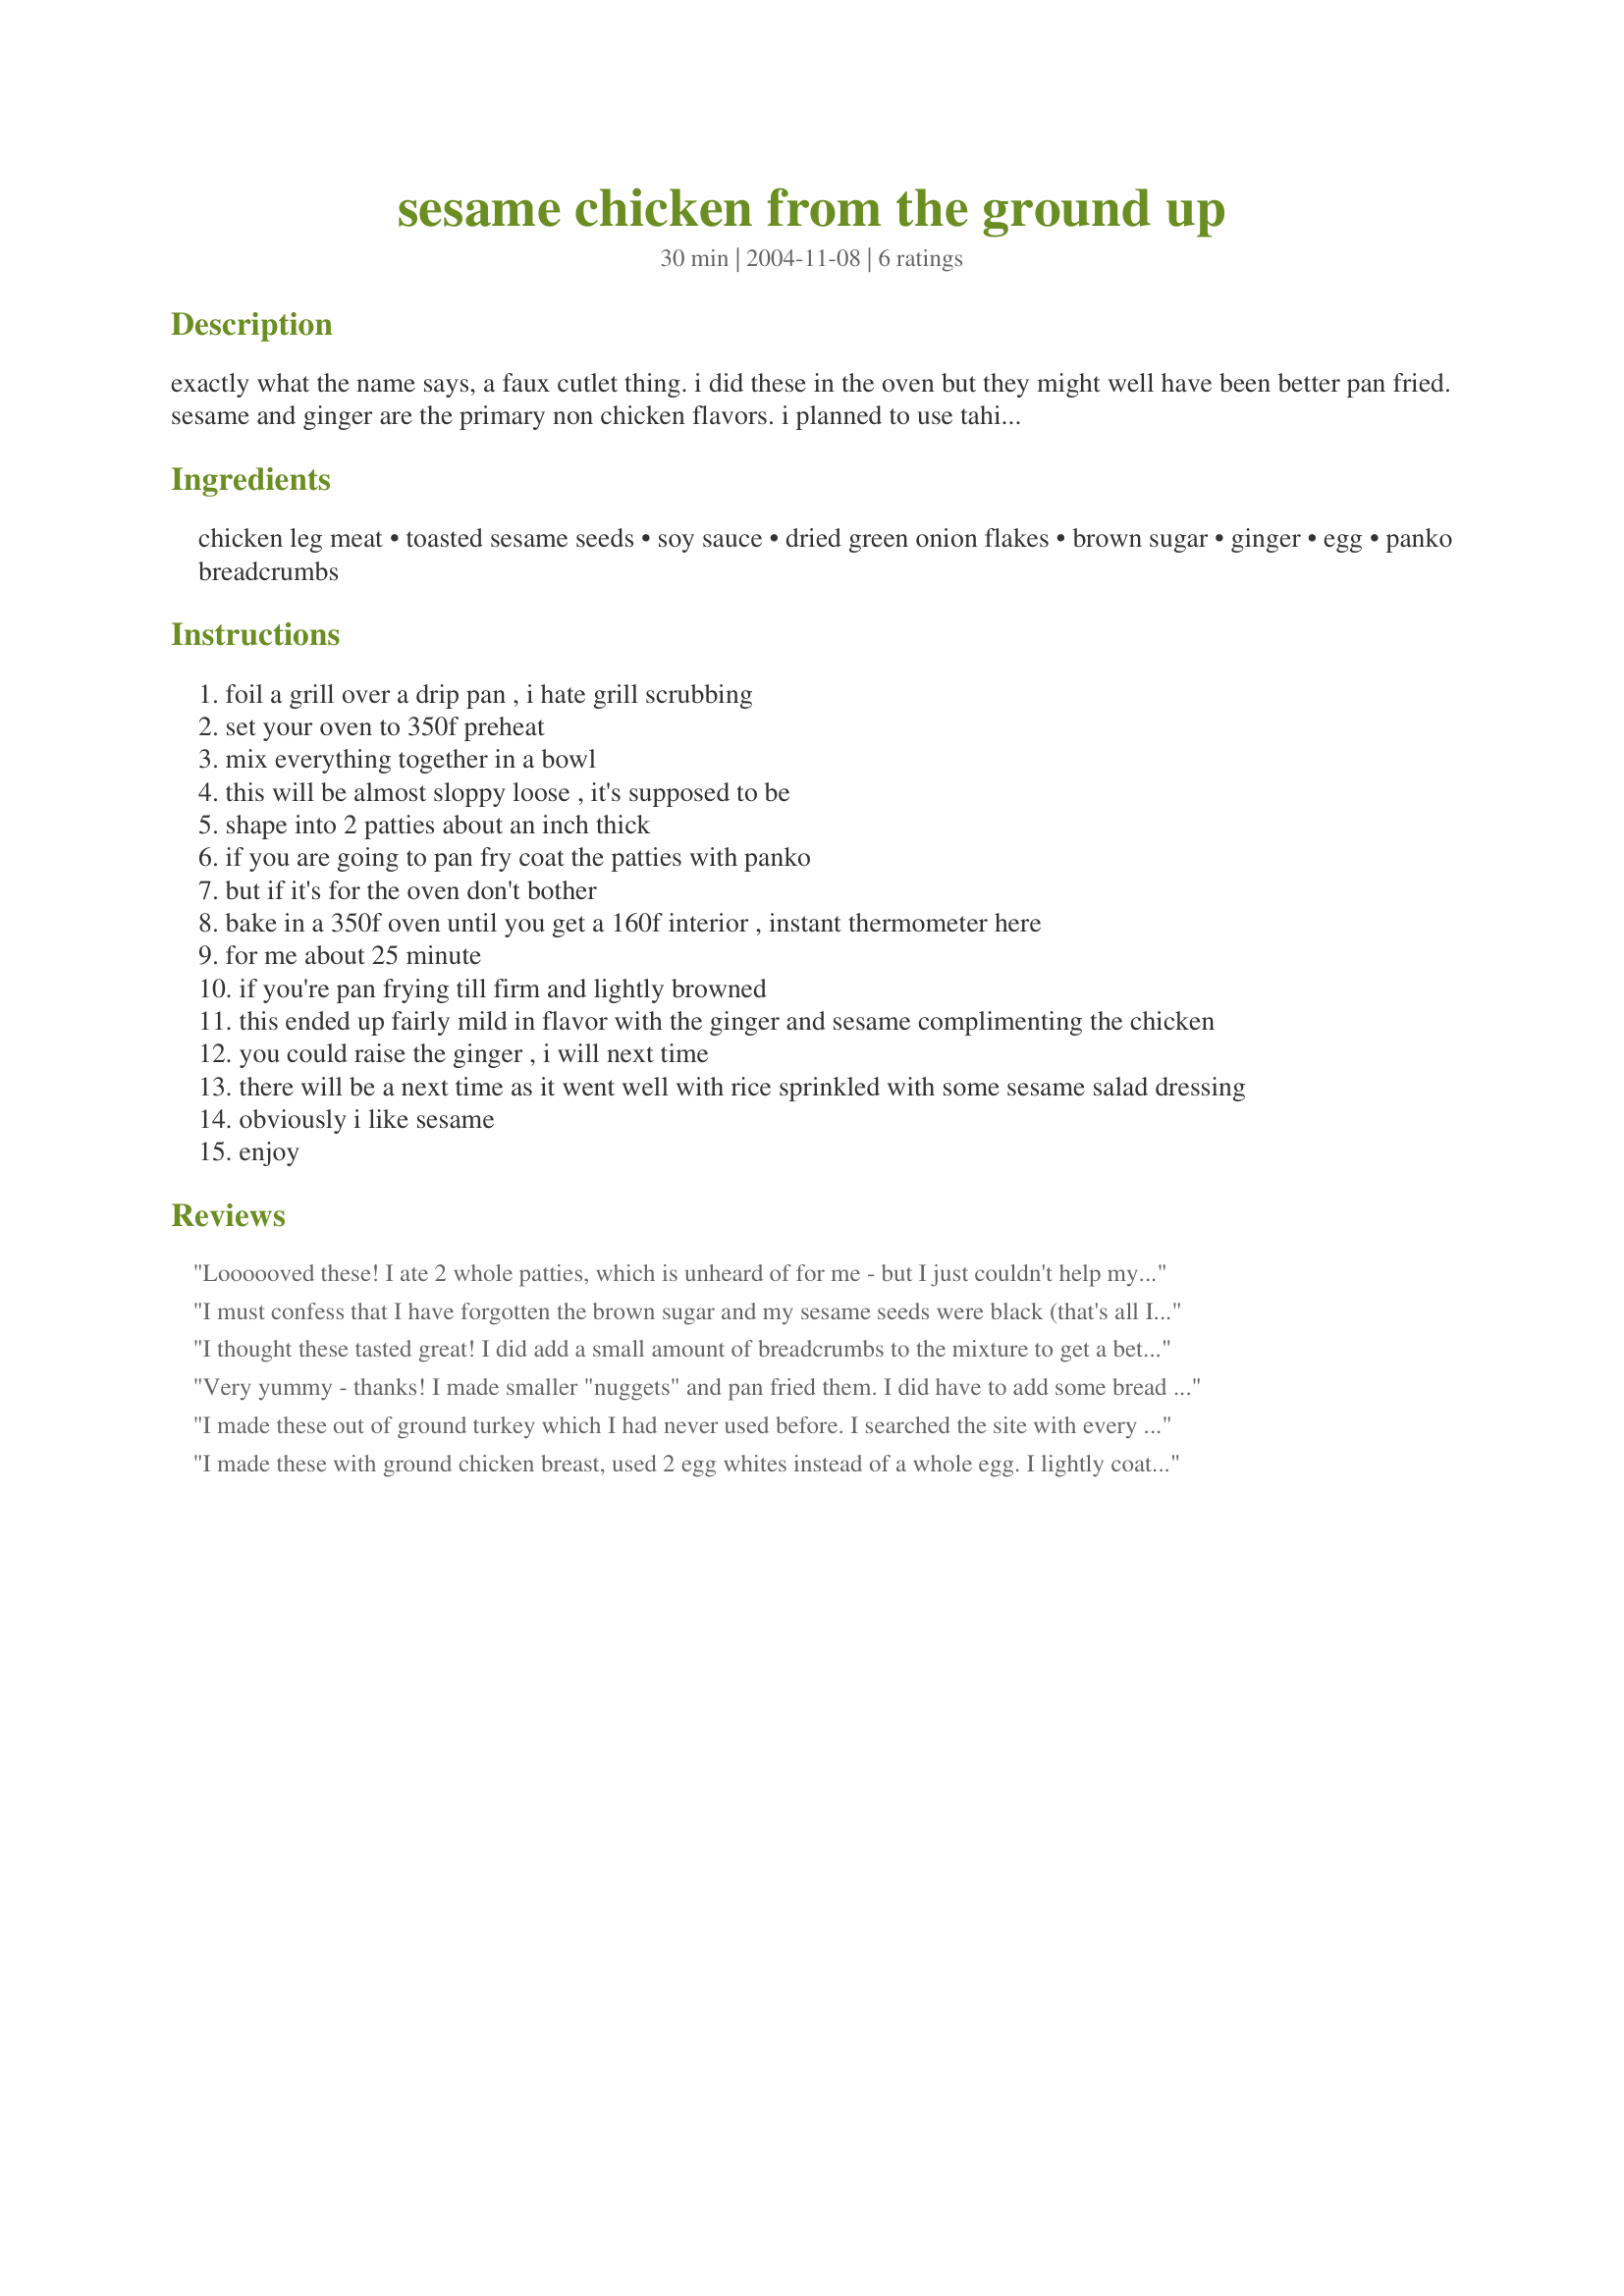
sesame chicken from the ground up
Preparation time: 30 minutes

exactly what the name says, a faux cutlet thing. i did these in the oven but they might well have been better pan fried. sesame and ginger are the primary non chicken flavors. i planned to use tahini in this but mine was too long on the shelf so i had to mortar my own.

Ingredients:
chicken leg meat, toasted sesame seeds, soy sauce, dried green onion flakes, brown sugar, ginger, egg, panko breadcrumbs

Steps:
foil a grill over a drip pan , i hate grill scrubbing
set your oven to 350f preheat
mix everything together in a bowl
this will be almost sloppy loose , it's supposed to be
shape into 2 patties about an inch thick
if you are going to pan fry coat the patties with panko
but if it's for the oven don't bother
bake in a 350f oven until you get a 160f interior , instant thermometer here
for me about 25 minute
if you're pan frying till firm and lightly browned
this ended up fairly mild in flavor with the ginger and sesame complimenting the chicken
you could raise the ginger , i will next time
there will be a next time as it went well with rice sprinkled with some sesame salad dressing
obviously i like sesame
enjoy

Reviews:
Loooooved these! I ate 2 whole patties, which is unheard of for me - but I just couldn't help myself. They were so tasty! I did 4 x the recipe, in hopes of having leftovers. The only thing I didn't x4 was the eggs, I used only 3. They were cooked in the oven and took about 40 minutes for me (perhaps I made mine bigger than yours). They were very moist and had a great texture. Not to mention the flavor was lovely! We were running late last night, but next time I would make a Thai dipping sauce or maybe even a chili maynnaise... Oh and I will up the ginger next time too, that sounds good. Thank you for this quick and fun recipe T. Woolfe! We appreciate it, even if my waistline will not! ;-0
I must confess that I have forgotten the brown sugar and my sesame seeds were black (that's all I have). I also used turkey meat instead of chicken. I browned the meatballs in the pan first and then finished them in the oven. Next time I will make some kind of a sauce with them and either serve them with the sauce or pout the sauce over them for the final stage (oven).
I thought these tasted great! I did add a small amount of breadcrumbs to the mixture to get a better consistency. Had them as leftovers the next day and the whole office was jealous!
Very yummy - thanks! I made smaller "nuggets" and pan fried them. I did have to add some bread crumbs to my mixture so that I could work with it, as I tried to make them into meatballs. They started as meatballs and cooked into nuggets :)
I made these out of ground turkey which I had never used before. I searched the site with every possible word combination and finally found this recipe by using just the word "ground". I had a new jar of tahini on hand and used panko breadcrumbs and fried the patties in an electic fryer skillet in peanut oil at about 370 degrees or a little hotter. In the meat mixture I used honey instead of brown sugar, only because it was already out on the counter! I have a pretty big family so I used about 2 1/2 pounds of ground dark meat turkey,about a third of a cup of soy sauce, 2 eggs and about 1/2 cup of chopped fresh green onions and about a tablespoon or more of grated fresh ginger. I also added a couple of minced garlic cloves and a few dried red pepper flakes. I had some leftover sake so I made a sake-teriyaki sesame sauce which I reduced and served hot with the patties. I also made some sticky jasmine rice which was delicious. Next time I think I will add a little salt to the ground meat mixture. I didn't add any because I expected the soy sauce to make it salty enough. They were still great and I'm sure I'll make them again! I might make a spicy satay type sauce to go with them next time. Also, I think these would be good using leftover cooked turkey or chicken chopped up to the same degree that you would have lump crabmeat for crab-cakes, you know? Add a few breadcrumbs and then put these together with the same ingredients as the recipe, but they would have a little more texture than when they are made with raw ground meat.
I made these with ground chicken breast, used 2 egg whites instead of a whole egg. I lightly coated with breadcrumbs and cooked them in my George Foreman grill. They were moist and the flavor was light. I will be making these again. Made for Zaar Chef Alphabet Soup Game.
